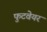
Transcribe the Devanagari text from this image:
फुटवेयर